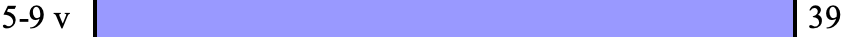
5-9 v                      39